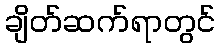
ချိတ်ဆက်ရာတွင်